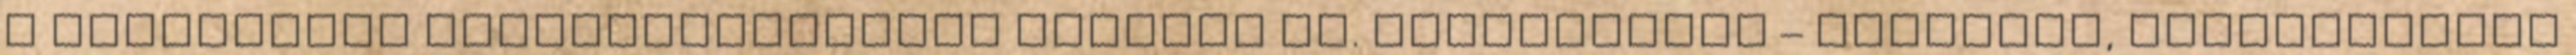
a Realschule iskolarendszerét ötvözik pl. Regelschule – Türingia, Mittelschule